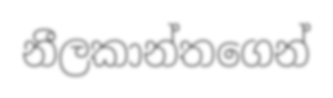
නීලකාන්තගෙන්